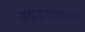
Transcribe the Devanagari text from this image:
उत्त्तपन्न